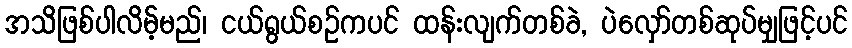
အသိဖြစ်ပါလိမ့်မည်၊ ငယ်ရွယ်စဉ်ကပင် ထန်းလျက်တစ်ခဲ, ပဲလှော်တစ်ဆုပ်မျှဖြင့်ပင်